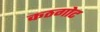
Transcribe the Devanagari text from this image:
कठगोट